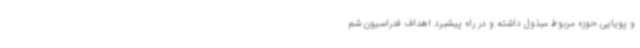
و پویایی حوزه مربوط مبذول داشته و در راه پیشبرد اهداف فدراسیون شم